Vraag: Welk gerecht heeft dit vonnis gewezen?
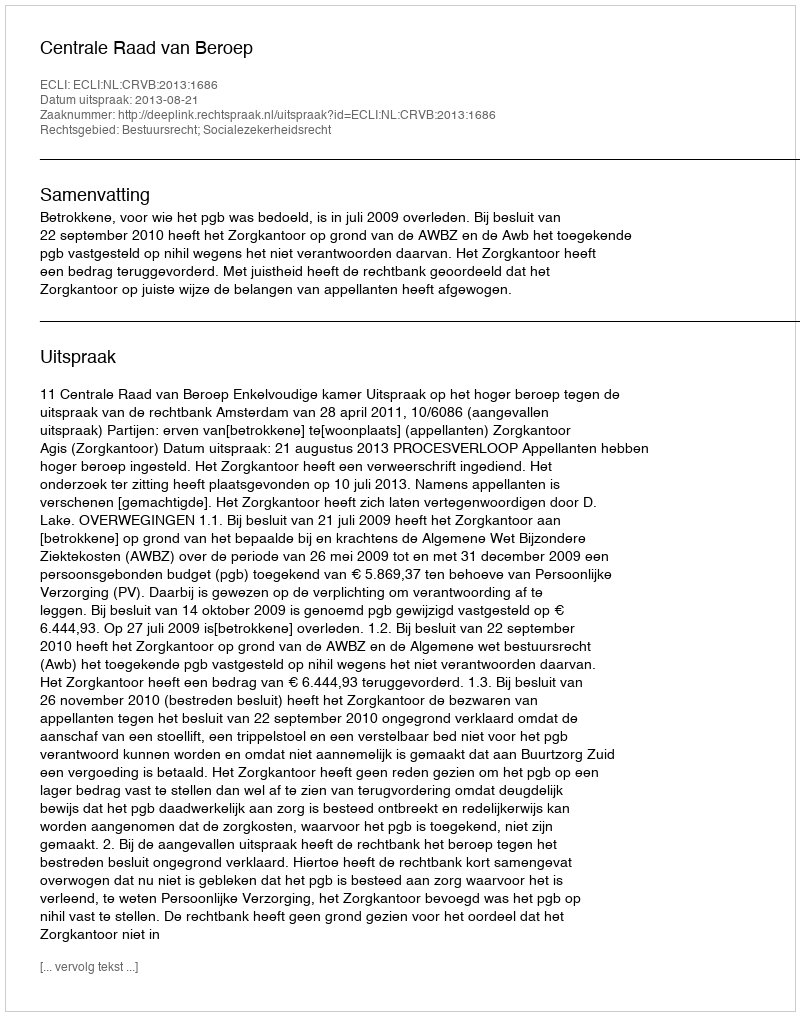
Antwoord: Centrale Raad van Beroep